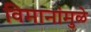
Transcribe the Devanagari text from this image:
विमानांमुळे